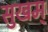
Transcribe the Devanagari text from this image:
सुखम्